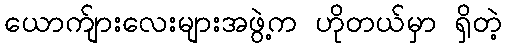
ယောက်ျားလေးများအဖွဲ့က ဟိုတယ်မှာ ရှိတဲ့